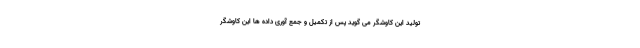
تولید این کاوشگر می گوید پس از تکمیل و جمع آوری داده ها این کاوشگر